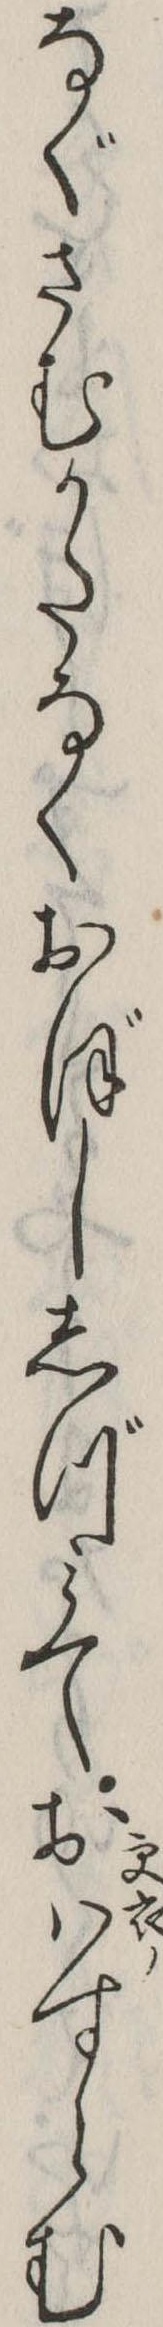
なぐさむかたなくおぼししづみておはすらむ